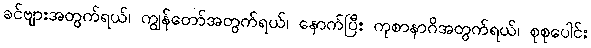
ခင်ဗျားအတွက်ရယ်၊ ကျွန်တော်အတွက်ရယ်၊ နောက်ပြီး ကုစာနာဂိအတွက်ရယ်၊ စုစုပေါင်း